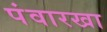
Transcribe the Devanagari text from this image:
पंवारखा